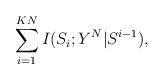
\begin{align*} \sum_{i = 1}^{KN} I(S_i;Y^N|S^{i-1}),\end{align*}